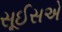
સૂઈસએ